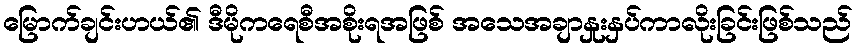
မြောက်ချင်းဟယ်၏ ဒီမိုကရေစီအစိုးရအဖြစ် အသေအချာနှုးနှပ်ကာလိုးခြင်းဖြစ်သည်